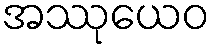
အဿုယေဝ